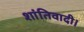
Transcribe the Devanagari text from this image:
शांतिवादी।